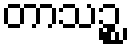
တာသဉ္စ